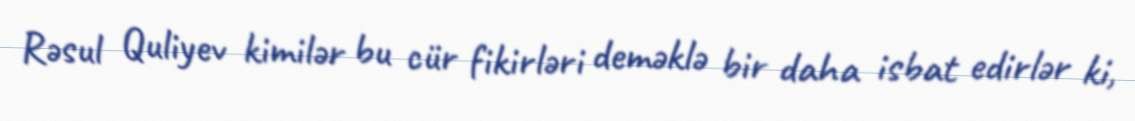
Rəsul Quliyev kimilər bu cür fikirləri deməklə bir daha isbat edirlər ki,